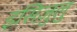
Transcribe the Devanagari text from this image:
इसिज़ुलु